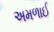
અમળાઈ